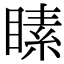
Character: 𪾵